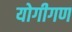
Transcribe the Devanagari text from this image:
योगीगण